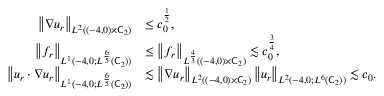
\begin{array} { r l } { \left\lVert \nabla u _ { r } \right\rVert _ { L ^ { 2 } ( ( - 4 , 0 ) \times \mathsf C _ { 2 } ) } } & { \le c _ { 0 } ^ { \frac 1 2 } , } \\ { \left\lVert f _ { r } \right\rVert _ { L ^ { 1 } ( - 4 , 0 ; L ^ { \frac 6 5 } ( \mathsf C _ { 2 } ) ) } } & { \le \left\lVert f _ { r } \right\rVert _ { L ^ { \frac 4 3 } ( ( - 4 , 0 ) \times \mathsf C _ { 2 } ) } \lesssim c _ { 0 } ^ { \frac 3 4 } , } \\ { \left\lVert u _ { r } \cdot \nabla u _ { r } \right\rVert _ { L ^ { 1 } ( - 4 , 0 ; L ^ { \frac 6 5 } ( \mathsf C _ { 2 } ) ) } } & { \lesssim \left\lVert \nabla u _ { r } \right\rVert _ { L ^ { 2 } ( ( - 4 , 0 ) \times \mathsf C _ { 2 } ) } \left\lVert u _ { r } \right\rVert _ { L ^ { 2 } ( - 4 , 0 ; L ^ { 6 } ( \mathsf C _ { 2 } ) ) } \lesssim c _ { 0 } . } \end{array}